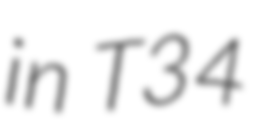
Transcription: in T34